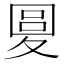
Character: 𡕭